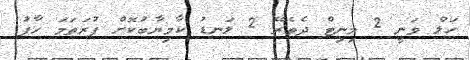
ހަލް ވަނީ 2 މިނިޓް ދެތެރޭ 2 ލަނޑު ކާމިޔާބުކޮށް ފުރަތަމަ ހާފު